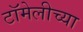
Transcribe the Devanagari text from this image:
टॉमेलीच्या